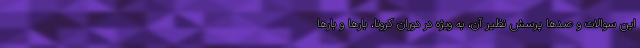
این سوالات و صدها پرسش نظیر آن، به ویژه در دوران کرونا، بارها و بارها